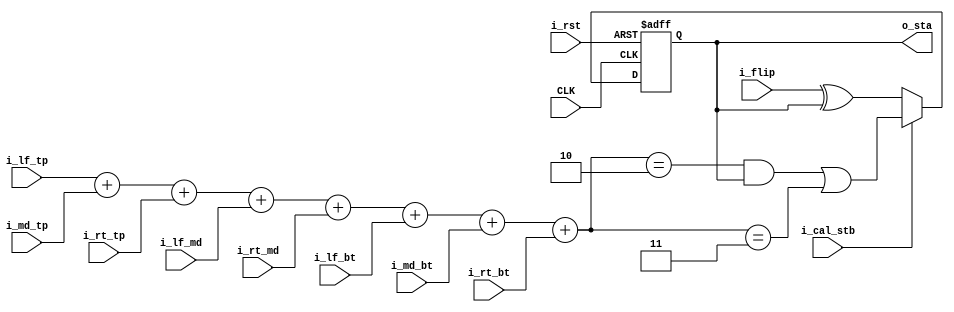
`timescale 1ns / 1ps
//////////////////////////////////////////////////////////////////////////////////
// Company: 
// Engineer: 
// 
// Design Name: 
// Module Name: cell_unit
// Project Name: 
// Target Devices: 
// Tool Versions: 
// Description: 
// 
// Dependencies: 
// 
// Revision:
// Revision 0.01 - File Created
// Additional Comments:
// 
//////////////////////////////////////////////////////////////////////////////////


module cell_unit(
    input wire CLK,
    input wire i_rst,
    input wire i_cal_stb,
    input wire i_flip,    // 
    input wire i_lf_tp,
    input wire i_md_tp,
    input wire i_rt_tp,
    input wire i_lf_md,
    input wire i_rt_md,
    input wire i_lf_bt,
    input wire i_md_bt,
    input wire i_rt_bt,
    output wire o_sta
    );

    reg state;
    wire state_next;
    wire [3:0] sum;

    assign sum = i_lf_tp + 
                 i_md_tp + 
                 i_rt_tp + 
                 i_lf_md + 
                 i_rt_md + 
                 i_lf_bt + 
                 i_md_bt + 
                 i_rt_bt;
    
    assign state_next = (sum == 2 & state) | (sum == 3);

    always @ (posedge CLK or posedge i_rst)
    begin
        if(i_rst) state <= 0;
        else
        begin
            if(i_cal_stb) state <= state_next;
            else state <= i_flip ^ state;
        end
    end

    assign o_sta = state;

endmodule